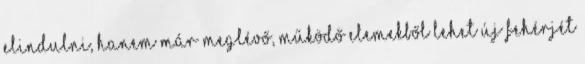
elindulni, hanem már meglévő, működő elemekből lehet új fehérjét